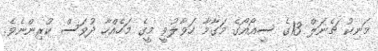
މަނިކު ޗެނަލް 13ގެ ސީއޯއޯގެ މަގާމާ ހަވާލުވީ މީގެ މަހެއްހާ ދުވަސް ކުރިންނެވެ.